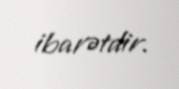
ibarətdir.